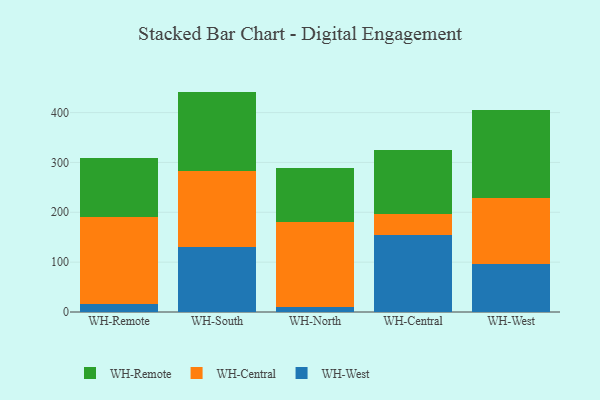
{"axis": {"x": "Warehouse", "y": "Demand Index"}, "legend": ["WH-Central", "WH-Remote", "WH-West"], "data": [{"x": "WH-Remote", "y": 15.5, "type": "WH-West"}, {"x": "WH-Remote", "y": 174.5, "type": "WH-Central"}, {"x": "WH-Remote", "y": 118.9, "type": "WH-Remote"}, {"x": "WH-South", "y": 130.6, "type": "WH-West"}, {"x": "WH-South", "y": 151.9, "type": "WH-Central"}, {"x": "WH-South", "y": 159.6, "type": "WH-Remote"}, {"x": "WH-North", "y": 10.6, "type": "WH-West"}, {"x": "WH-North", "y": 169.1, "type": "WH-Central"}, {"x": "WH-North", "y": 109.8, "type": "WH-Remote"}, {"x": "WH-Central", "y": 154.0, "type": "WH-West"}, {"x": "WH-Central", "y": 41.9, "type": "WH-Central"}, {"x": "WH-Central", "y": 129.6, "type": "WH-Remote"}, {"x": "WH-West", "y": 96.6, "type": "WH-West"}, {"x": "WH-West", "y": 132.3, "type": "WH-Central"}, {"x": "WH-West", "y": 176.2, "type": "WH-Remote"}]}